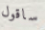
ساقول